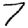
Digit: 7